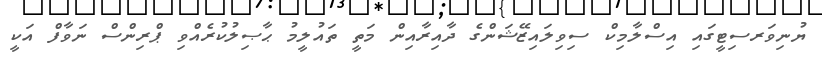
ޔުނިވަރސިޓީގައި އިސްލާމިކް ސިވިލައިޒޭޝަންގެ ދާއިރާއިން މަތީ ތައުލީމު ޙާޞިލުކުރެއްވި ޕްރިންސް ނަވާފް އަކީ